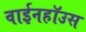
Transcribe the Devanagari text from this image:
वाईनहॉउस